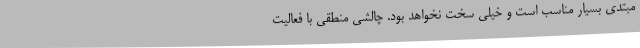
مبتدی بسیار مناسب است و خیلی سخت نخواهد بود. چالشی منطقی با فعالیت